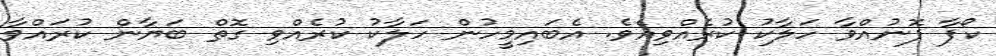
ކޯފާ ފޮނުއްވާ ހަލާކު ކުރެއްވިއެވެ. އެބައިމީހުން ހަލާކު ކުރެއްވި ގޮތް ބަޔާން ކުރައްވާ